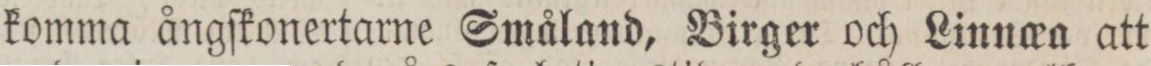
komma ångſkonertaren Småland, Birger och Linnœa att